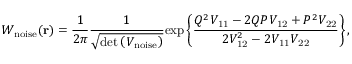
W _ { \mathrm { n o i s e } } ( \mathbf { r } ) = \frac { 1 } { 2 \pi } \frac { 1 } { \sqrt { \operatorname* { d e t } \left( V _ { \mathrm { n o i s e } } \right) } } \mathrm { e x p } \left\{ \frac { Q ^ { 2 } V _ { \mathrm { 1 1 } } - 2 Q P V _ { \mathrm { 1 2 } } + P ^ { 2 } V _ { \mathrm { 2 2 } } } { 2 V _ { \mathrm { 1 2 } } ^ { 2 } - 2 V _ { \mathrm { 1 1 } } V _ { \mathrm { 2 2 } } } \right\} ,